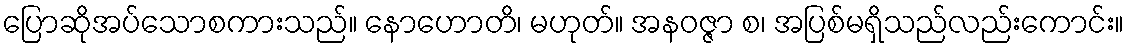
ပြောဆိုအပ်သောစကားသည်။ နောဟောတိ၊ မဟုတ်။ အနဝဇ္ဇာ စ၊ အပြစ်မရှိသည်လည်းကောင်း။